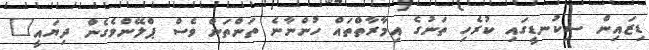
ޑިޒައިން ސިކުނޑީގައި ކުރެހި ތަނުގެ އިމާރާތްތައް ހުންނާނެ ތަންތަން ވެސް ޕްލޭންވެގެން ދިޔައީ"